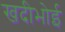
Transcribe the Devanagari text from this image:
खदीभोई